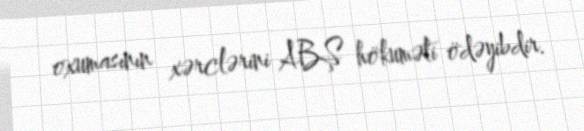
oxumasının xərclərini ABŞ hökuməti ödəyibdir.